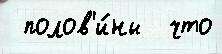
 полов'и́ны  что